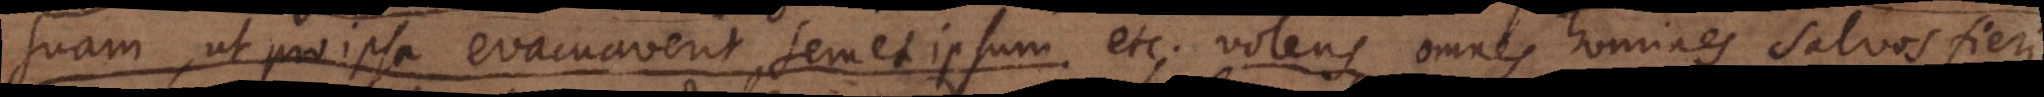
suam, ut pro ipsa evacuaverit semet ipsum. etc. volens omnes homines salvos fieri